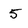
Character: 5